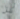
كل